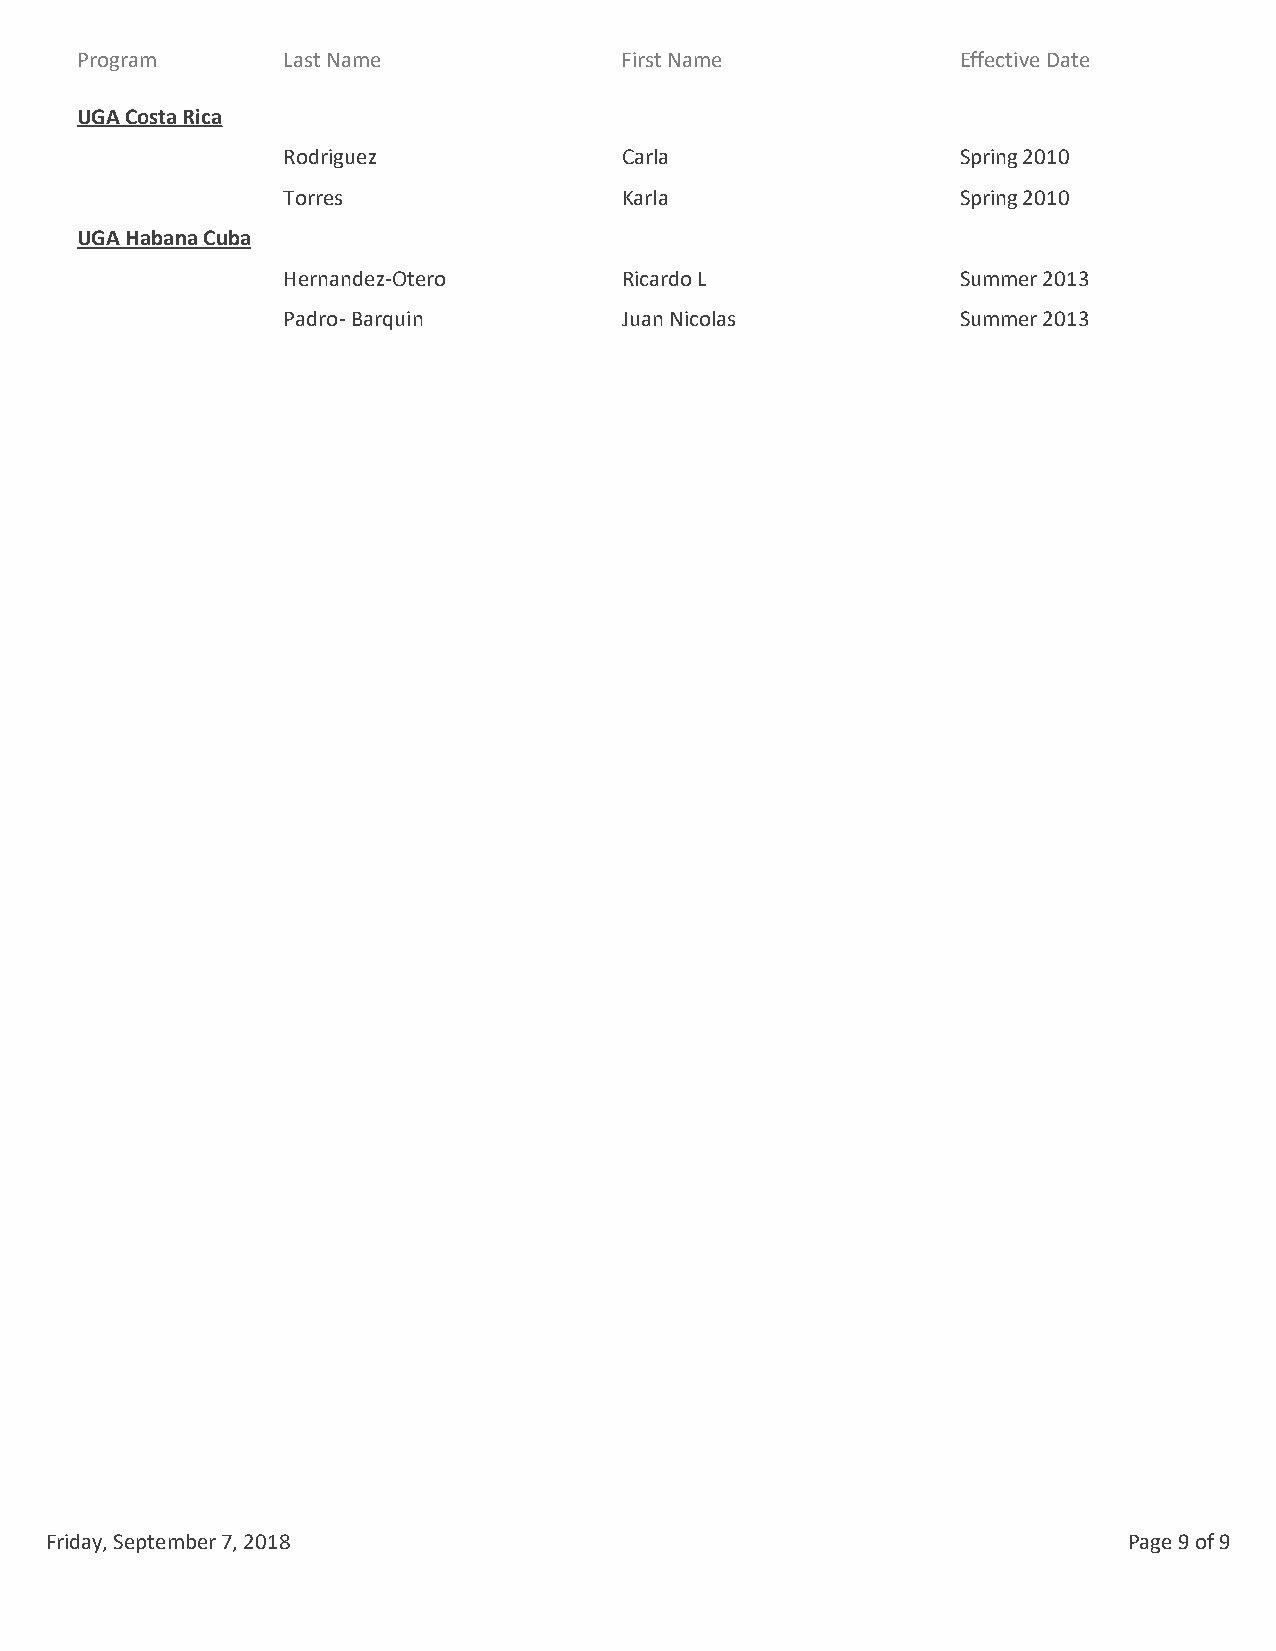
Program       Last Name             First Name            Effective Date
 UGA Costa Rica
 Rodriguez             Carla                 Spring 2010
 Torres                Karla                 Spring 2010
 UGA Habana Cuba
 Hernandez-Otero       Ricardo L             Summer 2013
 Padro- Barquin        Juan Nicolas          Summer 2013
 Friday, September 7, 2018                                               Page 9 of 9